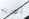
أدويته